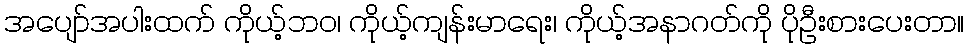
အပျော်အပါးထက် ကိုယ့်ဘဝ၊ ကိုယ့်ကျန်းမာရေး၊ ကိုယ့်အနာဂတ်ကို ပိုဦးစားပေးတာ။